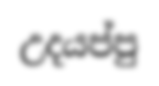
උදයප්පු